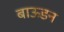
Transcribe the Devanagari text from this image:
बाऊडन